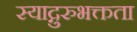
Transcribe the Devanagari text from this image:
स्याद्गुरुभक्तता